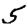
Digit: 5